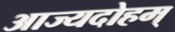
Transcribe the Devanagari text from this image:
आज्यदोहम्